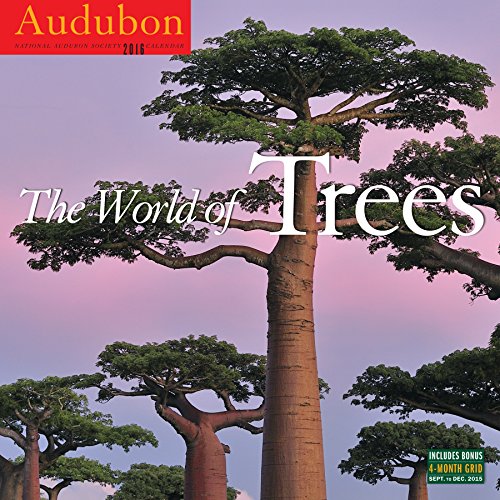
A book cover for Audubon The World of Trees Wall Calendar 2016; National Audubon Society; Calendars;